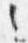
之